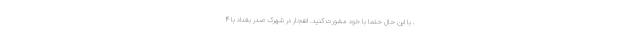
. با این حال حتما با خود مشورت کنید. انفجار در شهرک صدر بغداد با ۴